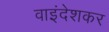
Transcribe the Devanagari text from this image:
वाइंदेशकर